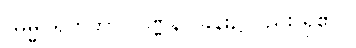
(ဓမ္မဂရုကဘာဝဝဏ္ဏနာ ခန်း၌လည်း ရှိ၏)။